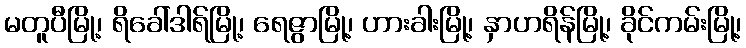
မတူပီမြို့၊ ရိခေါ်ဒါရ်မြို့၊ ရေဇွာမြို့၊ ဟားခါးမြို့၊ နှာဟရိန်မြို့၊ ခိုင်ကမ်းမြို့၊